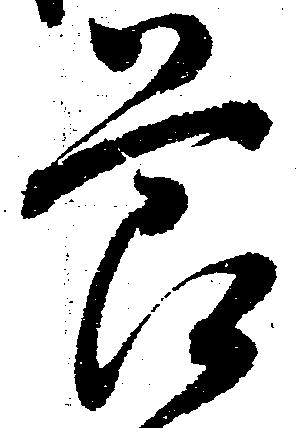
節